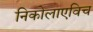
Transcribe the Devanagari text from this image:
निकोलाएविच